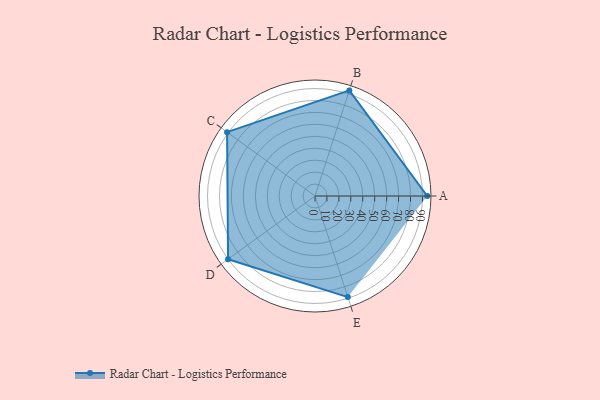
{"axis": {"x": "Skill", "y": "Score"}, "legend": ["Profile"], "data": [{"x": "A", "y": 94.0, "type": "Profile"}, {"x": "B", "y": 93.0, "type": "Profile"}, {"x": "C", "y": 91.0, "type": "Profile"}, {"x": "D", "y": 90.0, "type": "Profile"}, {"x": "E", "y": 89.0, "type": "Profile"}]}